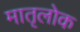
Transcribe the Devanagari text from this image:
मातृलोक